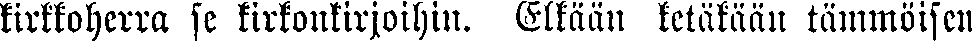
kirkkoherra se kirkonkirjoihin. Elkään ketäkään tämmöisen